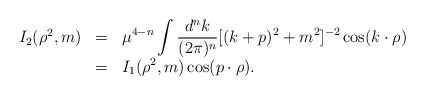
\begin{align*}\begin{array}{rcl}I_2(\rho^2,m)&=&\displaystyle \mu^{4-n}\int\frac{d^nk}{(2\pi)^n}[(k+p)^2+m^2]^{-2}\cos(k\cdot \rho)\\&=&\displaystyle I_1(\rho^2,m)\cos(p\cdot \rho).\end{array}\end{align*}